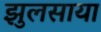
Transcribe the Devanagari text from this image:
झुलसाया